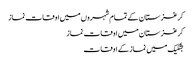
کرغزستان کے تمام شہروں میں اوقات نماز
کرغزستان میں اوقات نماز
بشکیک میں نماز کے اوقات